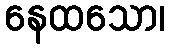
နေထသော၊